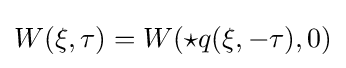
W(\xi ,\tau )=W(\star q(\xi ,-\tau ),0)